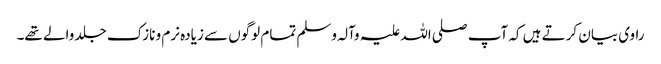
راوی بیان کرتے ہیں کہ آپ صلی اللہ علیہ وآلہ وسلم تمام لوگوں سے زیادہ نرم و نازک جلد والے تھے۔